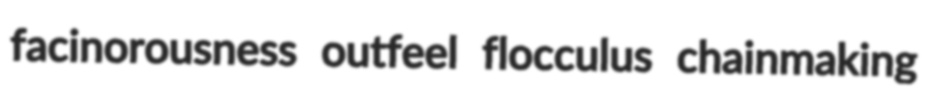
facinorousness outfeel flocculus chainmaking